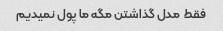
فقط  مدل گذاشتن مگه ما پول نمیدیم